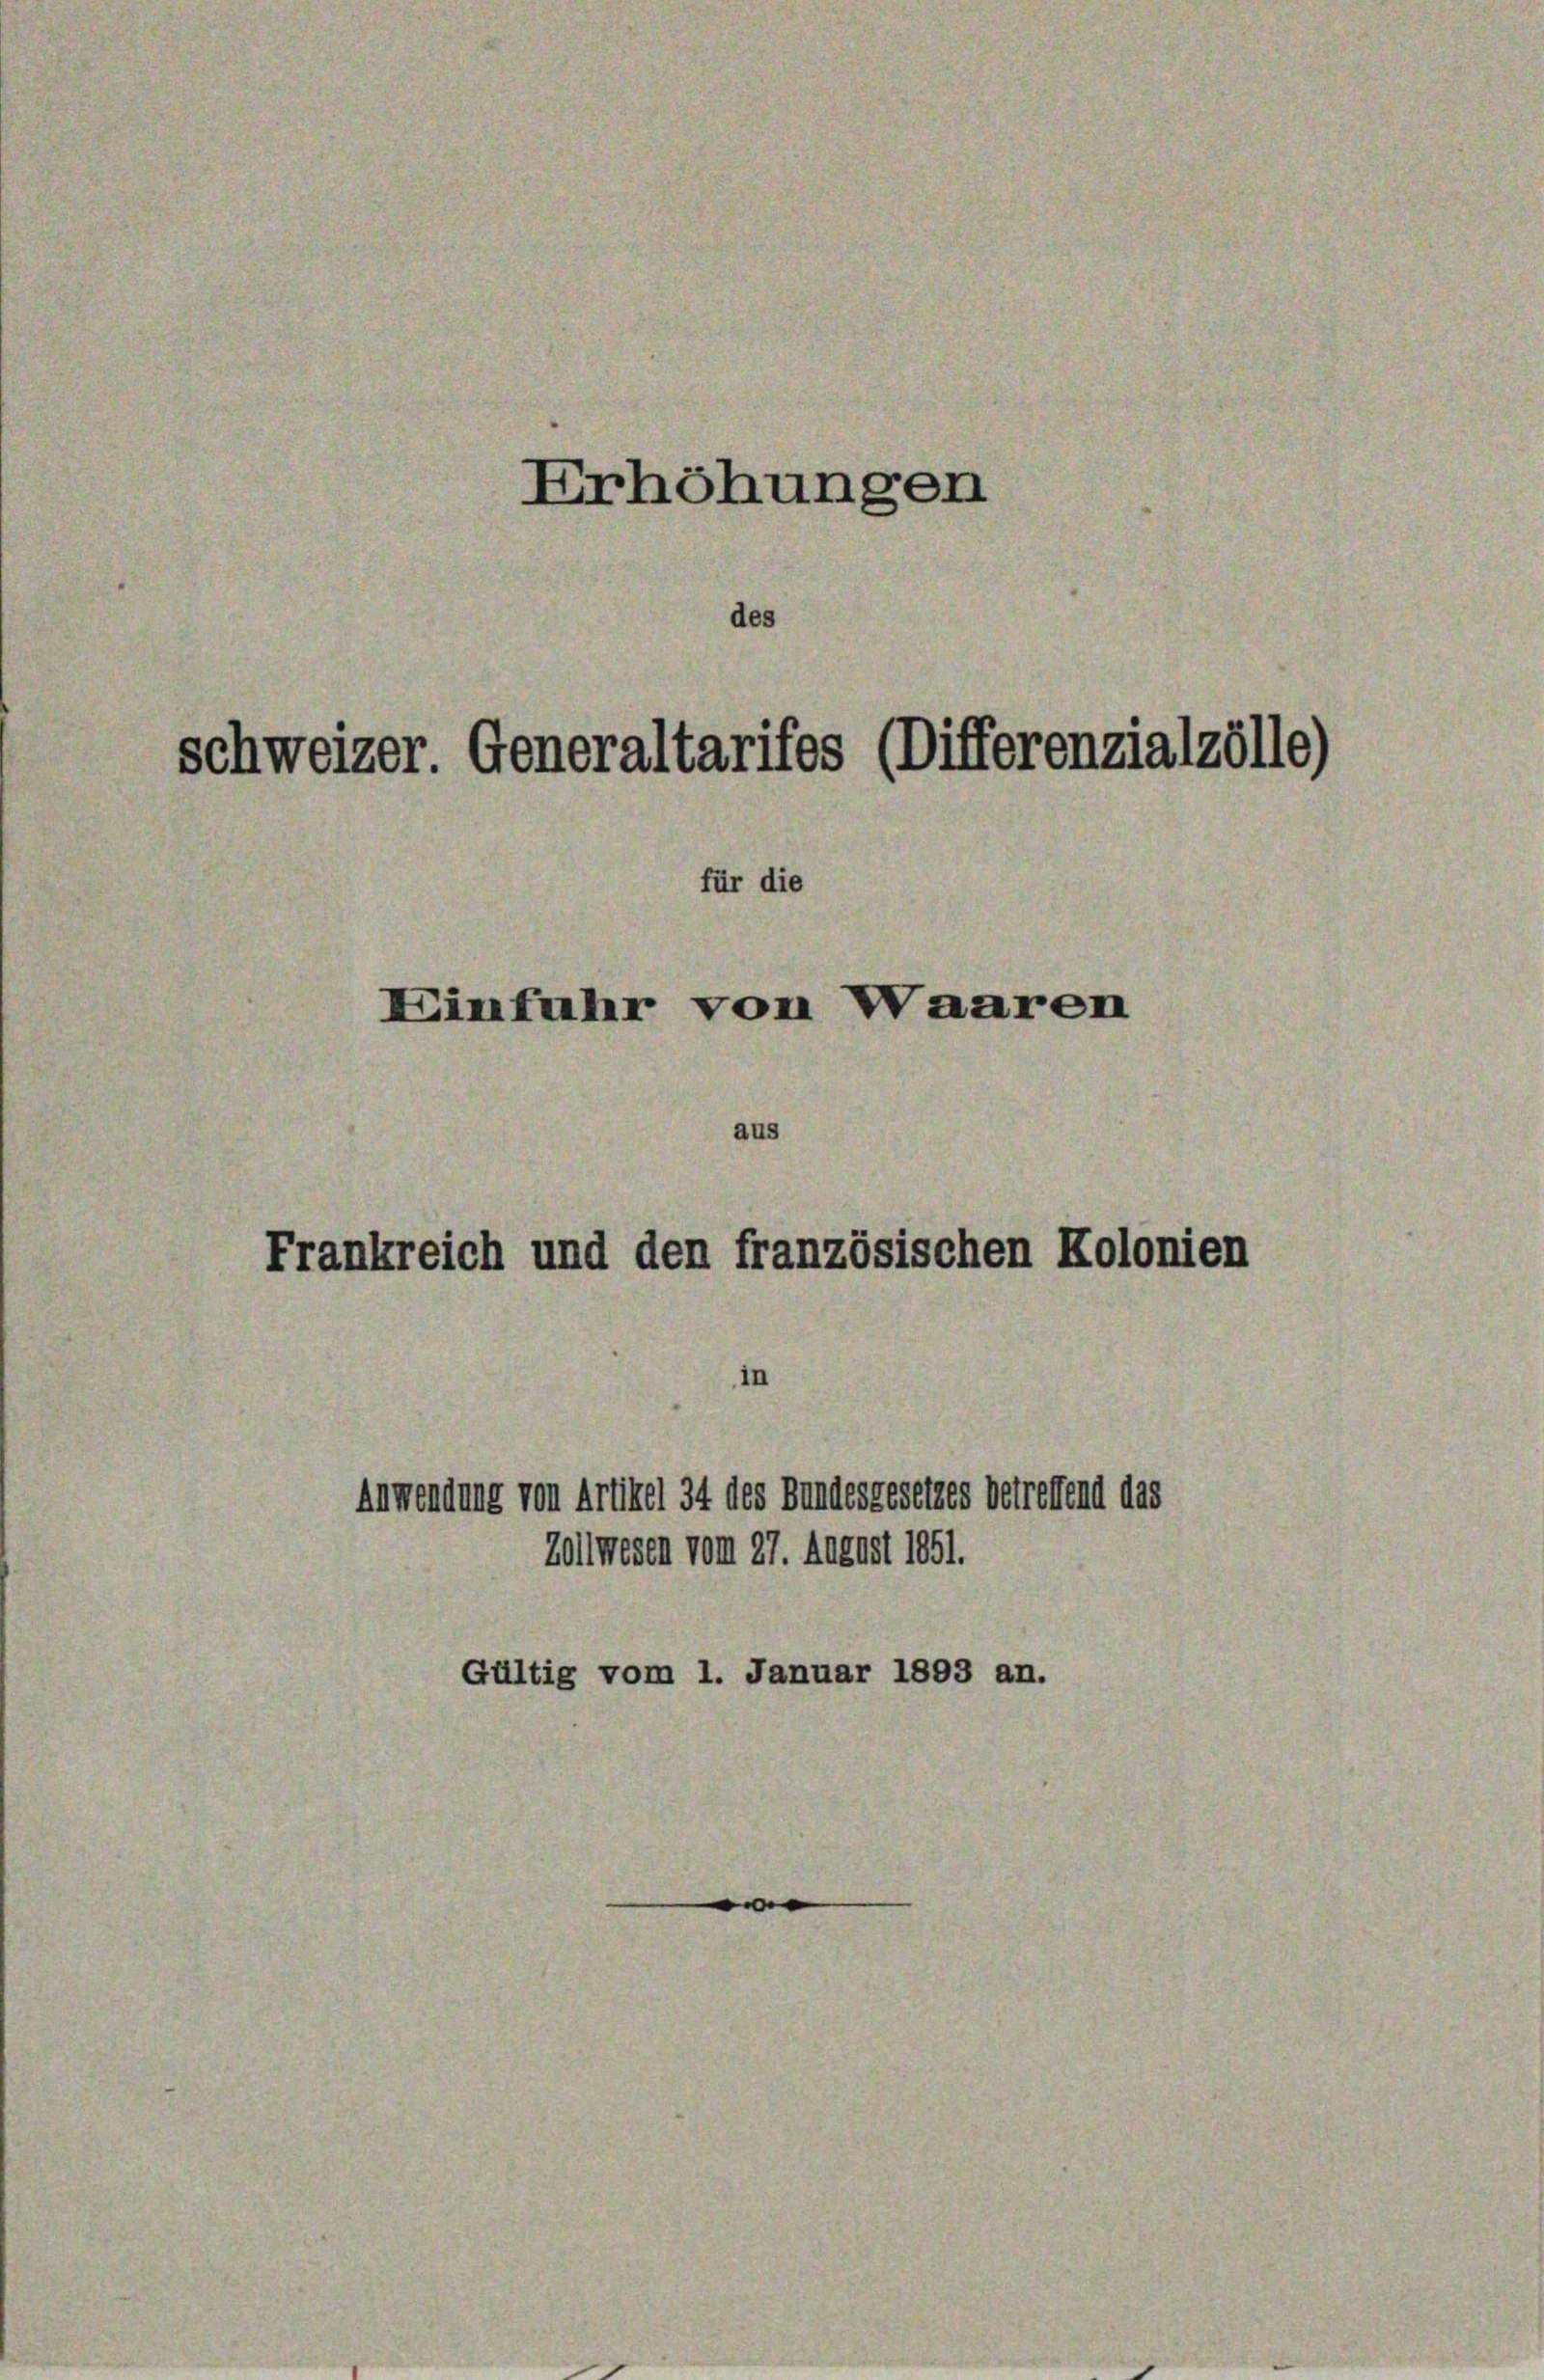
Erhöhungen
des
schweizer. Generaltarifes (Differenzialzölle)
für die
Einfuhr von Waaren

aus

Frankreich und den französischen Kolonien

Anwendung von Artikel 34 des Bundesgesetzes betreffend das

Zollwesen vom 27. August 1851.
Gültig vom 1. Januar 1893 an.